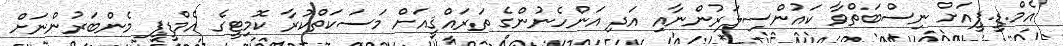
އެމް.ޑީ.ޕީއަށް ނިސްބަތްވާ ކައުންސިލަރުންނާއި އަދި އަންހެނުންގެ ތަރައްޤީއަށް މަސަކަތްކުރާ ކޮމިޓީގެ އެމްޑީޕީ މެންބަރުންނަށް